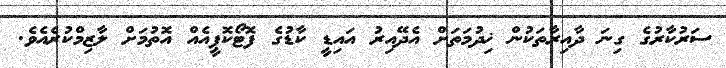
ސަރުކާރުގެ ގިނަ ދާއިރާތަކުން ޚިދުމަތަށް އެދޭއިރު އައިޑީ ކާޑުގެ ފޮޓޯކޮޕީއެއް އޮތުމަށް ލާޒިމްކުރެއެވެ.